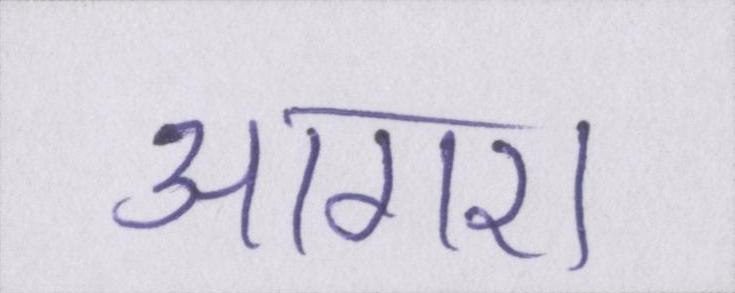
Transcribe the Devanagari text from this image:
आगरा